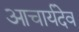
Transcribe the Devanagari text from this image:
आचार्यदेव